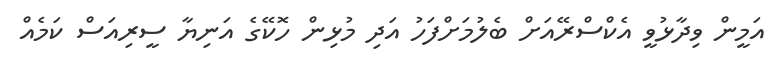
އަމީން ވިދާޅުވީ އެކްސްރޭއަށް ބެލުމަށްފަހު އަދި މުޅިން ހޮކޭގެ އަނިޔާ ސީރިއަސް ކަމެއް